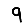
Digit: 9